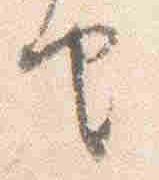
由